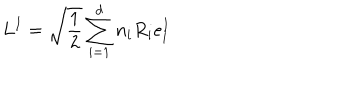
L ^ { I } = \sqrt \frac { 1 } { 2 } \sum _ { i = 1 } ^ { d } n _ { i } R _ { i } e _ { i } ^ { I }